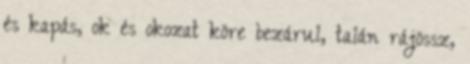
és kapás, ok és okozat köre bezárul, talán rájössz,